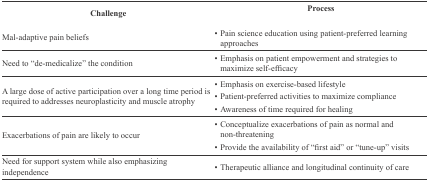
| Challenge | Process |
 | --- | --- |
 | Mal-adaptive pain beliefs | • Pain science education using patient-preferred learning approaches |
 | Need to “de-medicalize” the condition | • Emphasis on patient empowerment and strategies to maximize self-efficacy |
 | A large dose of active participation over a long time period is required to addresses neuroplasticity and muscle atrophy | • Emphasis on exercise-based lifestyle• Patient-preferred activities to maximize compliance• Awareness of time required for healing |
 | Exacerbations of pain are likely to occur | • Conceptualize exacerbations of pain as normal and non-threatening• Provide the availability of “first aid” or “tune-up” visits |
 | Need for support system while also emphasizing independence | • Therapeutic alliance and longitudinal continuity of care |